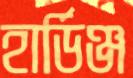
হার্ডিঞ্জ